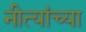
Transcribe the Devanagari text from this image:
नीत्यांच्या